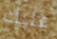
عليك